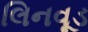
લિનવૂડ